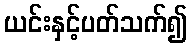
ယင်းနှင့်ပတ်သက်၍